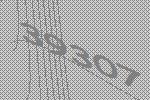
39307